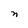
Character: n